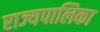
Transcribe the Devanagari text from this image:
राज्यपालिका